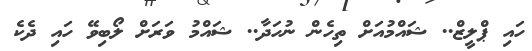
ހައި ޕްލީޒް.. ޝައްމުއަށް ތިހެން ނުހަދާ.. ޝައްމު ވަރަށް ލޯބިވޭ ހައި ދެކެ